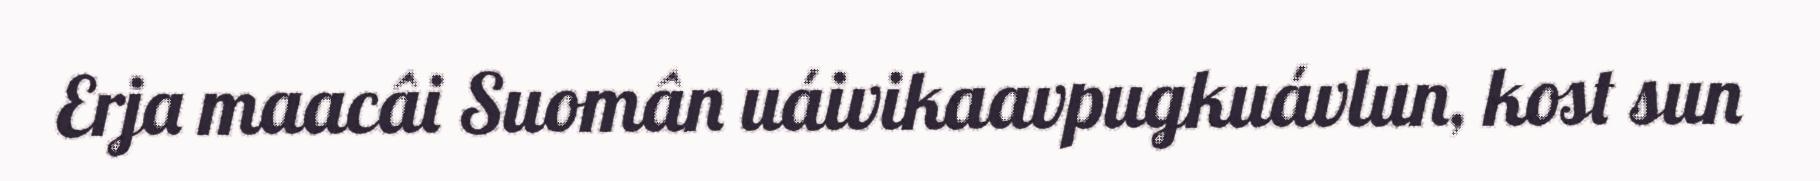
Erja maacâi Suomân uáivikaavpugkuávlun, kost sun